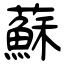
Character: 蘇